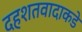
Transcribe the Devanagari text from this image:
दहशतवादाकडे